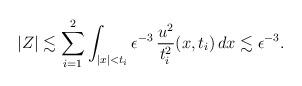
LaTeX: \begin{align*}|Z|\lesssim \sum_{i=1}^2\int_{|x|<t_i}\epsilon^{-3}\,\frac{u^2}{t_i^2}(x,t_i)\,dx\lesssim \epsilon^{-3}.\end{align*}